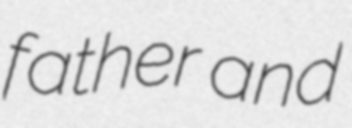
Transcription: father and